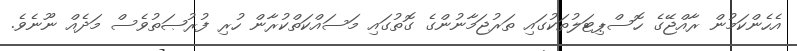
އެހެންކަމުން ރާއްޖޭގެ ހޮސްޕިޓަލުތަކުގައި ތަރުޖަމާނުންގެ ގޮތުގައި މަސައްކަތްކުރާން ހުރި ފުރުޞަތުވެސް މަދެއް ނޫނެވެ.